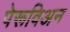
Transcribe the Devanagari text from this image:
पेरूविअन